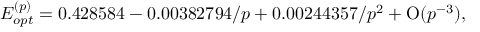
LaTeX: E _ { o p t } ^ { ( p ) } = 0 . 4 2 8 5 8 4 - 0 . 0 0 3 8 2 7 9 4 / p + 0 . 0 0 2 4 4 3 5 7 / p ^ { 2 } + \mathrm { O } ( p ^ { - 3 } ) ,